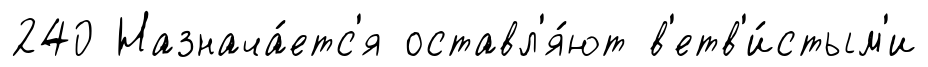
240 Назнача́етс'я оставл'я́ют в'етв'и́стым'и